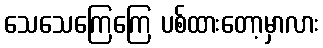
သေသေကြေကြေ ပစ်ထားတော့မှာလား